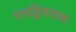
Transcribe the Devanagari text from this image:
एवद्विषयक